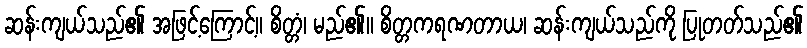
ဆန်းကျယ်သည်၏ အဖြင့်ကြောင့်။ စိတ္တံ၊ မည်၏။ စိတ္တကရဏတာယ၊ ဆန်းကျယ်သည်ကို ပြုတတ်သည်၏